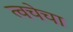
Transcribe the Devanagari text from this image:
त्‍वचेचा